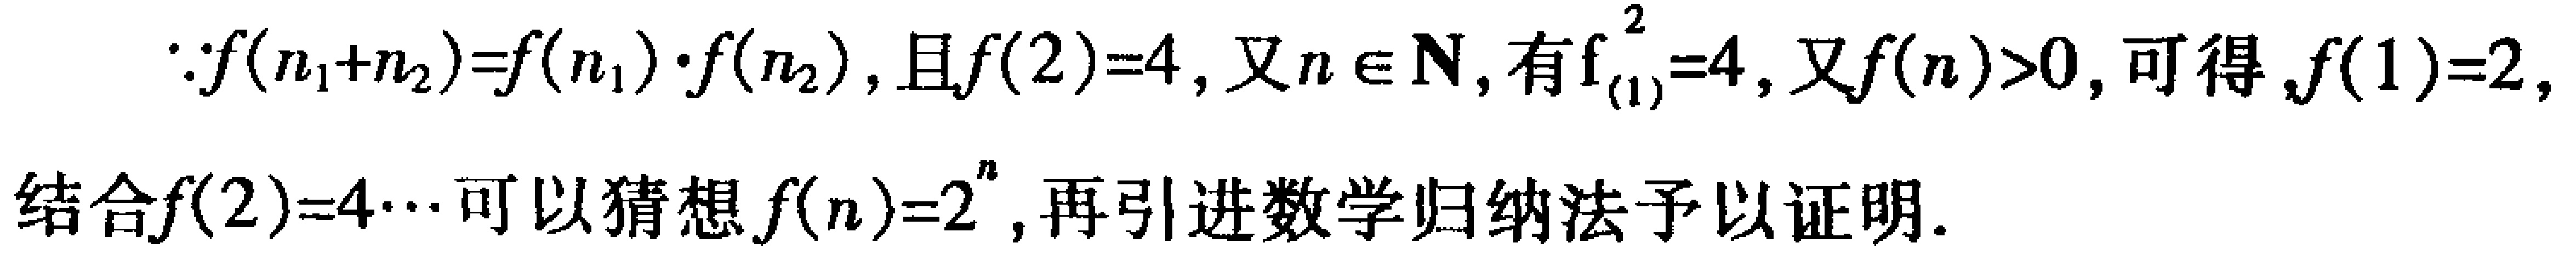
\(\because f(n_{1}+n_{2}) = f(n_{1})\cdot f(n_{2})\)，且\(f(2)=4\)，又\(n\in\mathbf{N}\)，有\(f_{(1)}^{2}=4\)，又\(f(n)>0\)，可得，\(f(1)=2\)，结合\(f(2)=4\cdots\)可以猜想\(f(n)=2^{n}\)，再引进数学归纳法予以证明.